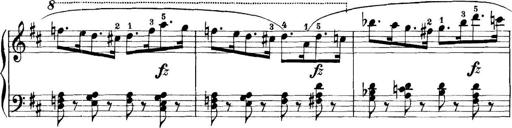
Title: 11 Sonatinas
Composer: Anton Diabelli